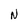
Character: N